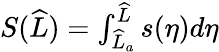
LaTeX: \begin{array}{r}{S(\widehat{L})=\int_{\widehat{L}_{a}}^{\widehat{L}}s(\eta)d\eta}\end{array}